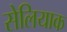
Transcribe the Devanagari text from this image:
सेलियाक